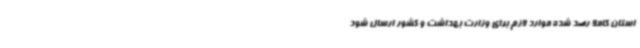
استان کاملاً رصد شده موارد لازم برای وزارت بهداشت و کشور ارسال شود